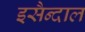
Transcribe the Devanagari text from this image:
इसैन्दाल